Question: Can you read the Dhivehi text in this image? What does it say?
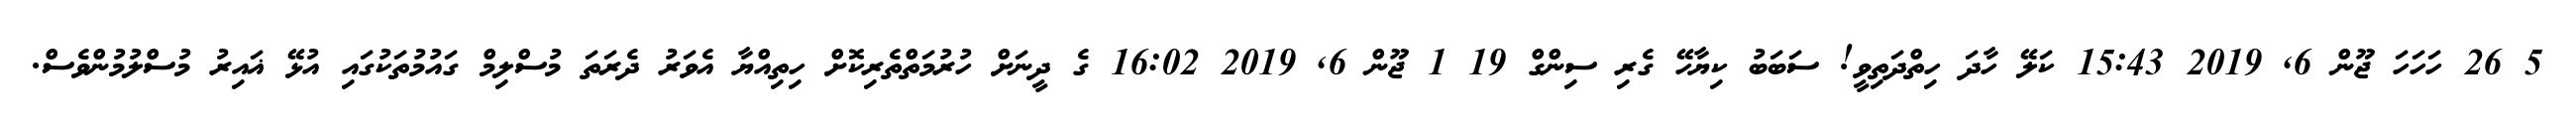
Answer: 5 26 ހަހަހަ ޖޫން 6, 2019 15:43 ކަލޭ ހާދަ ހިތްދަތިވީ! ސަބަބު ކިޔާހޭ ގެރި ސިންގް 19 1 ޖޫން 6, 2019 16:02 ގެ ދީނަށް ހުރުމަތްތެރިކޮށް ހިތިއްޔާ އެވަރު ދެރަތަ މުސްލިމް ގައުމުތަކުގައި އުޅޭ ޣައިރު މުސްލުމުންވެސް.